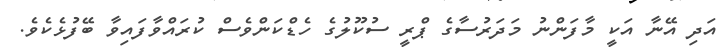
އަދި އޭނާ އަކީ މާފަންނު މަދަރުސާގެ ޕްރީ ސުކޫލުގެ ހެޑްކަންވެސް ކުރައްވާފައިވާ ބޭފުޅެކެވެ.